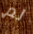
لم